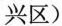
兴区)